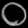
Digit: ၀